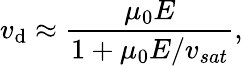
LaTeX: v_{\mathrm{d}}\approx\frac{{\mu_{0}E}}{{1+\mu_{0}E/v_{sat}}},